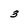
Character: 3